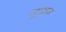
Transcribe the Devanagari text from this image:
लुफुपा